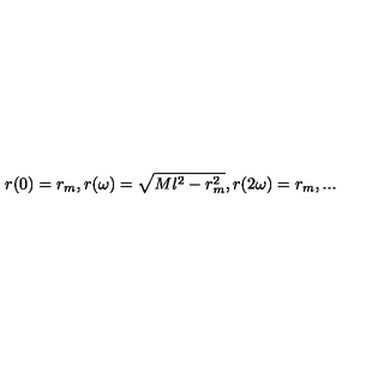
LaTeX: r ( 0 ) = r _ { m } , r ( \omega ) = \sqrt { M l ^ { 2 } - r _ { m } ^ { 2 } } , r ( 2 \omega ) = r _ { m } , . . .